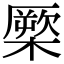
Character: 橜